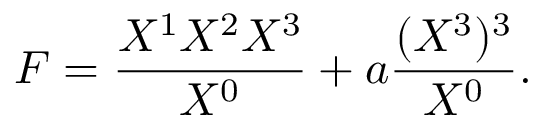
F = { \frac { X ^ { 1 } X ^ { 2 } X ^ { 3 } } { X ^ { 0 } } } + a { \frac { ( X ^ { 3 } ) ^ { 3 } } { X ^ { 0 } } } .